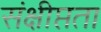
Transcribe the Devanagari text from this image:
संक्षीप्तता